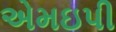
એમઇપી